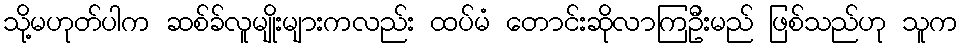
သို့မဟုတ်ပါက ဆစ်ခ်လူမျိုးများကလည်း ထပ်မံ တောင်းဆိုလာကြဦးမည် ဖြစ်သည်ဟု သူက